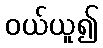
ဝယ်ယူ၍